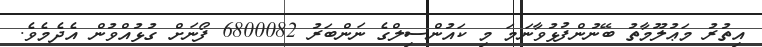
އިތުރު މަޢުލޫމާތު ބޭނުންފުޅުވާނަމަ މި ކައުންސިލްގެ ނަންބަރު 6800082 ފޯނަށް ގުޅުއްވުން އެދެމެވެ.